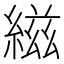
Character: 𬗭